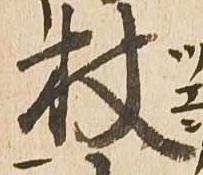
杖